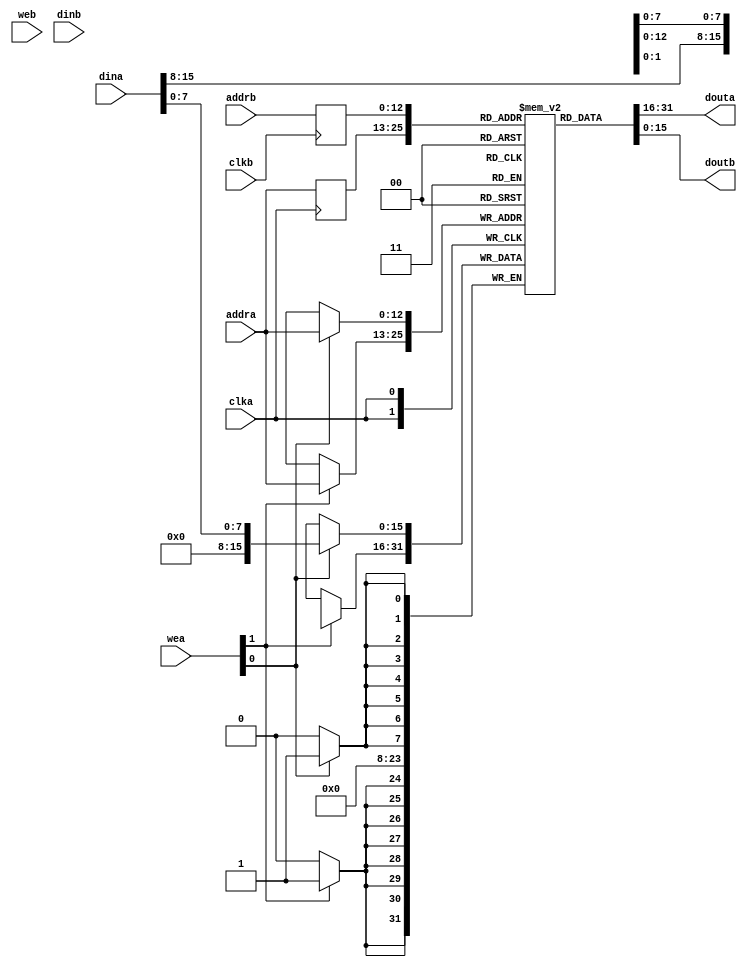
//
// Copyright 2019 Tobias Strauch, Munich, Bavaria
// Licensed under the Apache License, Version 2.0, see LICENSE for details.
// SPDX-License-Identifier: Apache-2.0
//

module tdp_ram_6144x16x2 (clka,
                          wea,
                          addra,
                          dina,
                          douta,
                          clkb,
                          web,
                          addrb,
                          dinb,
                          doutb);

input clka;
input [1:0] wea;
input [12:0] addra;
input [15:0] dina;
output [15:0] douta;
input clkb;
input [1:0] web;
input [12:0] addrb;
input [15:0] dinb;
output [15:0] doutb;

reg [15:0] mem [6143:0];
integer i;

always @ (posedge clka) begin
if (wea[0])
   mem[addra][7:0] <= dina[7:0];
if (wea[1])
   mem[addra][15:8] <= dina[15:8];
end

reg [12:0] addra_reg;

always @(posedge clka)
   addra_reg <= addra;

reg [12:0] addrb_reg;

always @(posedge clkb)
   addrb_reg <= addrb;


assign douta = mem[addra_reg];
assign doutb = mem[addrb_reg];

endmodule